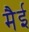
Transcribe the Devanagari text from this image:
मैई